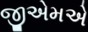
જીએમએ